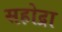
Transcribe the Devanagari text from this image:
सहोद्रा